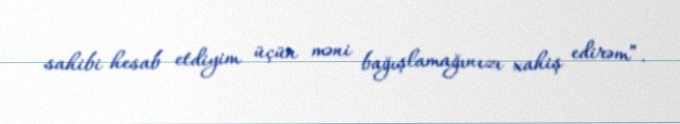
sahibi hesab etdiyim üçün məni bağışlamağınızı xahiş edirəm”.